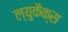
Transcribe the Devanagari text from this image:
ल्युकैक्स